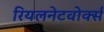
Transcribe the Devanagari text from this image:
रियलनेटवोर्क्स